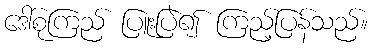
ဒေါ်စုကြည် ပြူးပြဲ၍ ကြည့်ပြန်သည်။